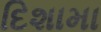
દિશામા